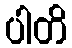
ပါတိ